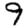
Digit: 9